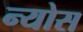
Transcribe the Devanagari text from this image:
न्योस